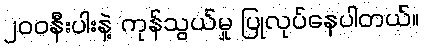
၂၀၀နီးပါးနဲ့ ကုန်သွယ်မှု ပြုလုပ်နေပါတယ်။